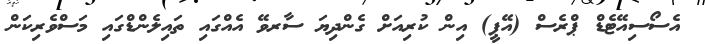
އެސޯސިއޭޓެޑް ޕްރެސް (އޭޕީ) އިން ކުރިއަށް ގެންދިޔަ ސާރވޭ އެއްގައި ތައިލެންޑްގައި މަސްވެރިކަން